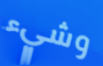
وشيء